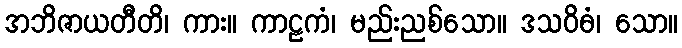
အဘိဇာယတီတိ၊ ကား။ ကာဠကံ၊ မည်းညစ်သော။ ဒသဝိဓံ၊ သော။